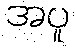
အပူ